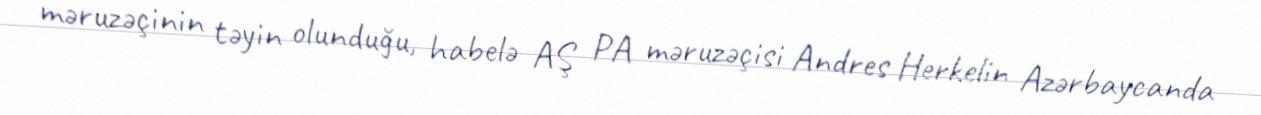
məruzəçinin təyin olunduğu, habelə AŞ PA məruzəçisi Andres Herkelin Azərbaycanda